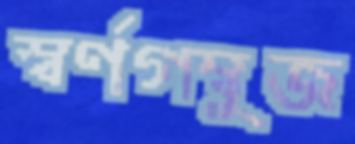
স্বর্ণগম্বুজ